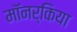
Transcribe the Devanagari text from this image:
मॉनर्किया